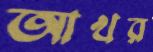
আখর